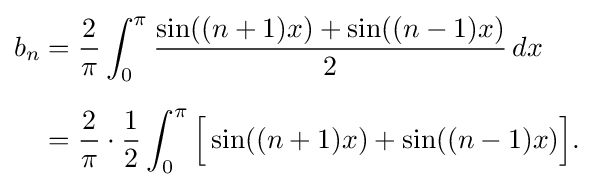
{\begin{aligned}b_{n}={}&{\frac {2}{\pi }}\int _{0}^{\pi }{\frac {\sin((n+1)x)+\sin((n-1)x)}{2}}\,dx\\[6pt]={}&{\frac {2}{\pi }}\cdot {\frac {1}{2}}\int _{0}^{\pi }{\Big [}\sin((n+1)x)+\sin((n-1)x){\Big ]}.\end{aligned}}